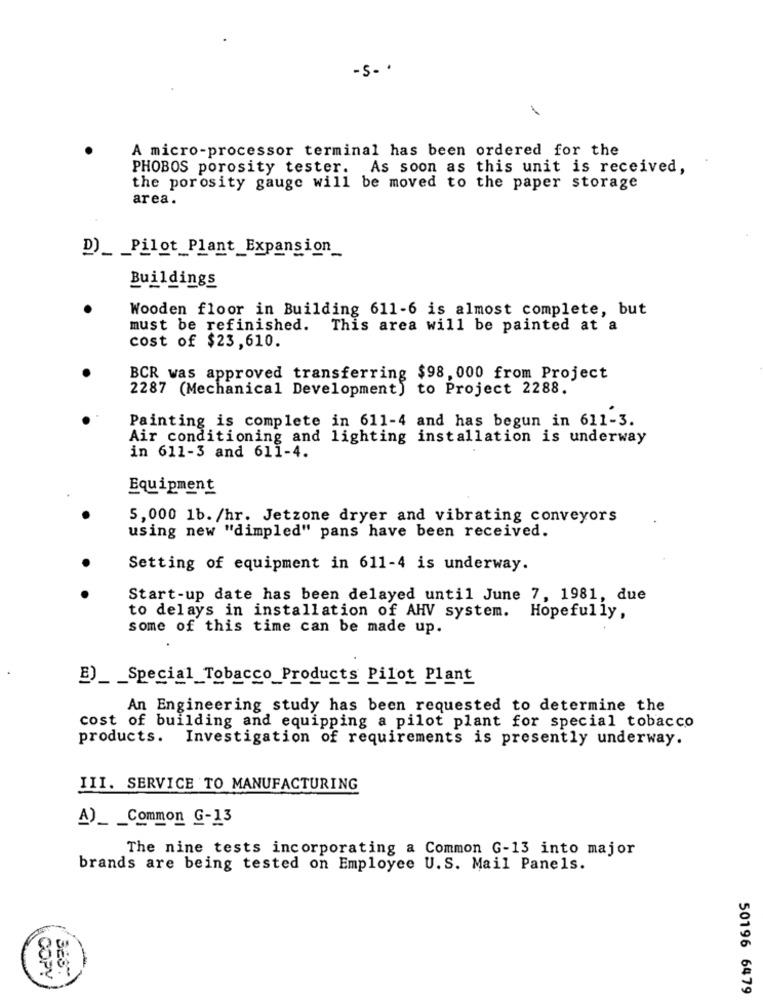
-s -·
A micro-processor terminal has been ordered for the
PHOBOS porosity tester. As soon as this unit is received,
the porosity gauge will be moved to the paper storage
area.
D) _ Pilot Plant _Expansion
Buildings
Wooden floor in Building 611-6 is almost complete, but
must be refinished. This area will be painted at a
cost of $23,610.
BCR was approved transferring $98,000 from Project
2287 (Mechanical Development) to Project 2288.
Painting is complete in 611-4 and has begun in 611-3.
Air conditioning and lighting installation is underway
in 611-3 and 611-4.
Equipment
5,000 1b. /hr. Jetzone dryer and vibrating conveyors
using new "dimpled" pans have been received.
Setting of equipment in 611-4 is underway.
Start-up date has been delayed until June 7, 1981, due
to delays in installation of AHV system. Hopefully,
some of this time can be made up.
B) _ _ Special Tobacco Products Pilot Plant
An Engineering study has been requested to determine the
cost of building and equipping a pilot plant for special tobacco
products. Investigation of requirements is presently underway.
III. SERVICE TO MANUFACTURING
A)_ _ Common G-13
The nine tests incorporating a Common G-13 into major
brands are being tested on Employee U.S. Mail Panels.
COPY
BES
50196 6479